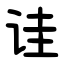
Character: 诖